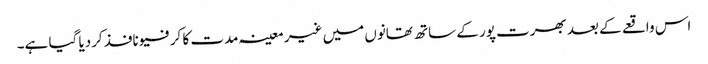
اس واقعے کے بعد بھرت پور کے ساتھ تھانوں میں غیر معینہ مدت کا کرفیو نافذ کردیا گیا ہے۔